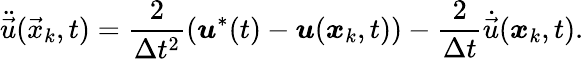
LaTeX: \ddot{\vec{u}}({\vec{x}_{k},t})=\frac{2}{\Delta{t}^{2}}(\boldsymbol{u}^{*}(t)-\boldsymbol{u}(\boldsymbol{x}_{k},t))-\frac{2}{\Delta{t}}\dot{\vec{u}}(\boldsymbol{x}_{k},t).